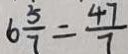
6 \frac { 5 } { 7 } = \frac { 4 7 } { 7 }